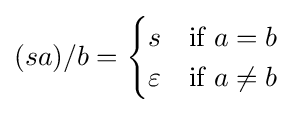
(sa)/b={\begin{cases}s&{\mbox{if }}a=b\\\varepsilon &{\mbox{if }}a\neq b\end{cases}}